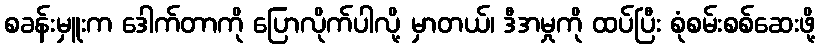
စခန်းမှူးက ဒေါက်တာကို ပြောလိုက်ပါလို့ မှာတယ်၊ ဒီအမှုကို ထပ်ပြီး စုံစမ်းစစ်ဆေးဖို့